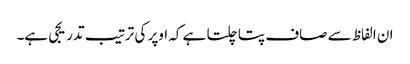
ان الفاظ سے صاف پتا چلتا ہے کہ اوپر کی ترتیب تدریجی ہے۔